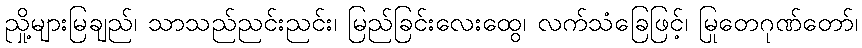
ညှို့များမြချည်၊ သာသည်ညင်းညင်း၊ မြည်ခြင်းလေးထွေ၊ လက်သံခြေဖြင့်၊ မြုတေဂုဏ်တော်၊